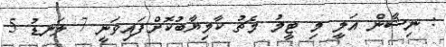
: ނިޝާން އަލީ މި ޓީމު މެޗު ކާމިޔާބުކޮށްފައިވަނީ 7 ލަނޑު 5